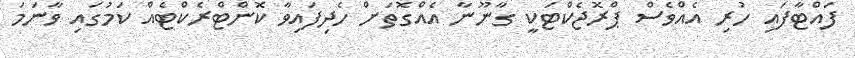
ފައްޓާފައި ހުރި އެއްވެސް ޕްރޮޖެކްޓަކީ ގާނޫނާ އެއްގޮތަށް ހެދިފައިވާ ކޮންޓްރެކްޓެއް ކަމުގައި ވާނަމަ